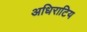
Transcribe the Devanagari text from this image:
अधिराटिय